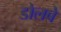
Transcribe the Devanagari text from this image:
डोलबे